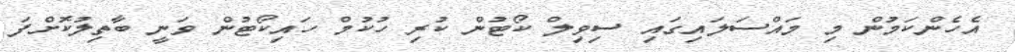
އެހެންކަމުން މި މައްސަލައިގައި ސިވިލް ކޯޓުން ކުރި ހުކުމް ހައިކޯޓުން ވަނީ ބާތިލުކޮށްފަ